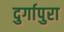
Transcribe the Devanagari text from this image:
दुर्गापुरा